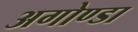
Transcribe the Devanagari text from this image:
अगोण्डा